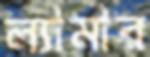
ল্যামার